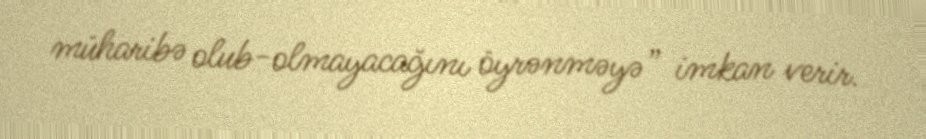
müharibə olub-olmayacağını öyrənməyə” imkan verir.